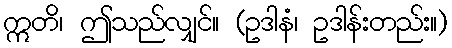
ဣတိ၊ ဤသည်လျှင်။ (ဥဒါနံ၊ ဥဒါန်းတည်း။)